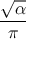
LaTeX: \frac { \sqrt { \alpha } } { \pi }